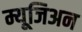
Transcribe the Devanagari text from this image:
म्यूजिअन